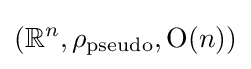
(\mathbb {R} ^{n},\rho _{\text{pseudo}},{\text{O}}(n))